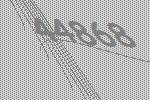
44868